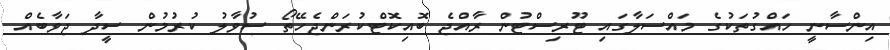
އިންސާނީ ހައްގުތަކުގެ މައްސަލާގައި ޓޫރިސްޓުން ރާއްޖެ ބޮއިކޮޓްކުރަންޖެހޭތޯ ސުވާލު ކުރުމުން ސީދާ ޖަވާބެއް